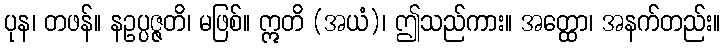
ပုန၊ တဖန်။ နဥပ္ပဇ္ဇတိ၊ မဖြစ်။ ဣတိ (အယံ)၊ ဤသည်ကား။ အတ္ထော၊ အနက်တည်း။